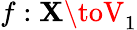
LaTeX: f:\mathbf{X}\toV_{1}